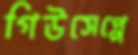
গিউসেপ্পে